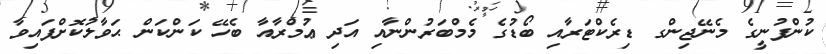
ކުންފުނީގެ މެނޭޖިންގ ޑިރެކްޓަރާއި ބޯޑުގެ މެމްބަރުންނާއި އަދި ޢުމްރާއާ ބެހޭ ކަންކަން ޙަވާލުކޮށްފައިވާ